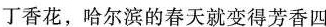
丁香花，哈尔滨的春天就变得芳香四